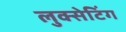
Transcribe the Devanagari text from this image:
लुक्सेटिंग